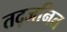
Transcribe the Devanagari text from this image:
तद्जनित